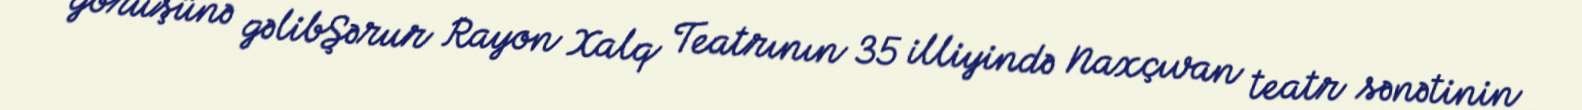
görüşünə gəlibŞərur Rayon Xalq Teatrının 35 illiyində Naxçıvan teatr sənətinin